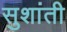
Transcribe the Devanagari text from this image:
सुशांती